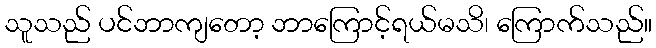
သူသည် ပင်ဘာကျတော့ ဘာကြောင့်ရယ်မသိ၊ ကြောက်သည်။